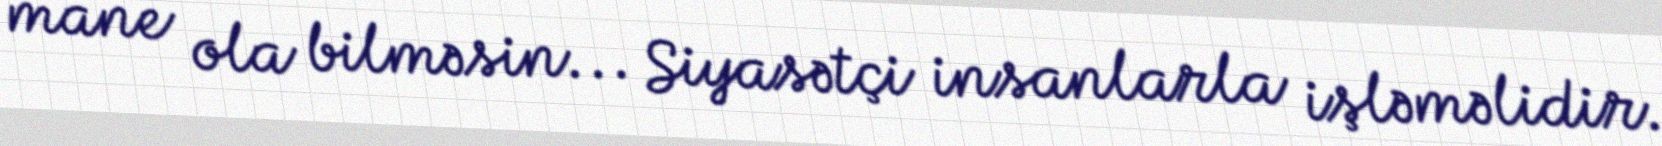
mane ola bilməsin... Siyasətçi insanlarla işləməlidir.